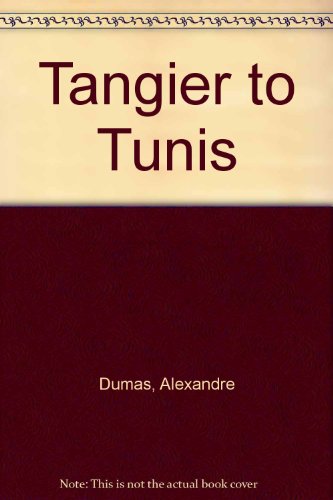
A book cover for Tangier to Tunis; Alexandre Dumas; Travel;